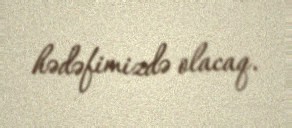
hədəfimizdə olacaq.